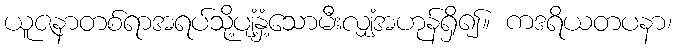
ယူဇနာတစ်ရာအရပ်သို့ပျံ့နှံ့သောမီးလျှံအဟုန်ရှိ၍။ ကဒရိယတပနာ၊